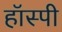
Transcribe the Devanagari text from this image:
हॉस्पी